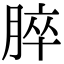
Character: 脺